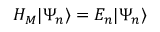
{ \cal H _ { M } } | \Psi _ { n } \rangle = E _ { n } | \Psi _ { n } \rangle